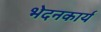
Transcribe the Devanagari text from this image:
भेदनकार्य